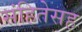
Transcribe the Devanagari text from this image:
संहितेसह